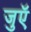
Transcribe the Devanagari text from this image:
जुएॅ